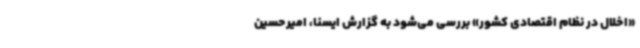
«اخلال در نظام اقتصادی کشور» بررسی می‌شود به گزارش ایسنا، امیرحسین